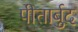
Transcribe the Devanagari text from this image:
पीतार्बुद